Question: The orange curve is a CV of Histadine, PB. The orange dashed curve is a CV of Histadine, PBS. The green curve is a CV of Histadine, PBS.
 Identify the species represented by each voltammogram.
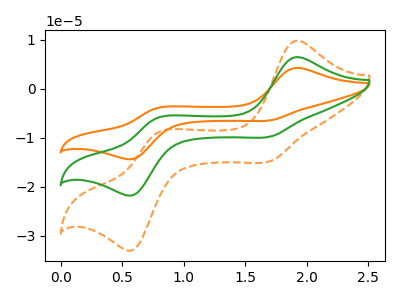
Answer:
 <answer>The orange curve is labeled "Histadine, PB". The orange dashed curve is labeled "Histadine, PBS". The green curve is labeled "Histadine, PBS".</answer>
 <eval></eval>